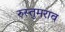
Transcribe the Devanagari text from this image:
रुस्तुमराव